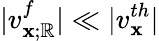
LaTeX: |v_{\mathbf{x};\mathbb{R}}^{f}|\ll|v_{\mathbf{x}}^{th}|